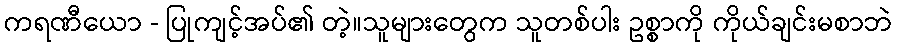
ကရဏီယော - ပြုကျင့်အပ်၏ တဲ့။သူများတွေက သူတစ်ပါး ဥစ္စာကို ကိုယ်ချင်းမစာဘဲ